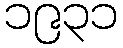
၁၉၃၁